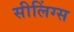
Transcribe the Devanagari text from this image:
सीलिंग्स